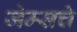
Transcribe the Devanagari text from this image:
जेम्सचे